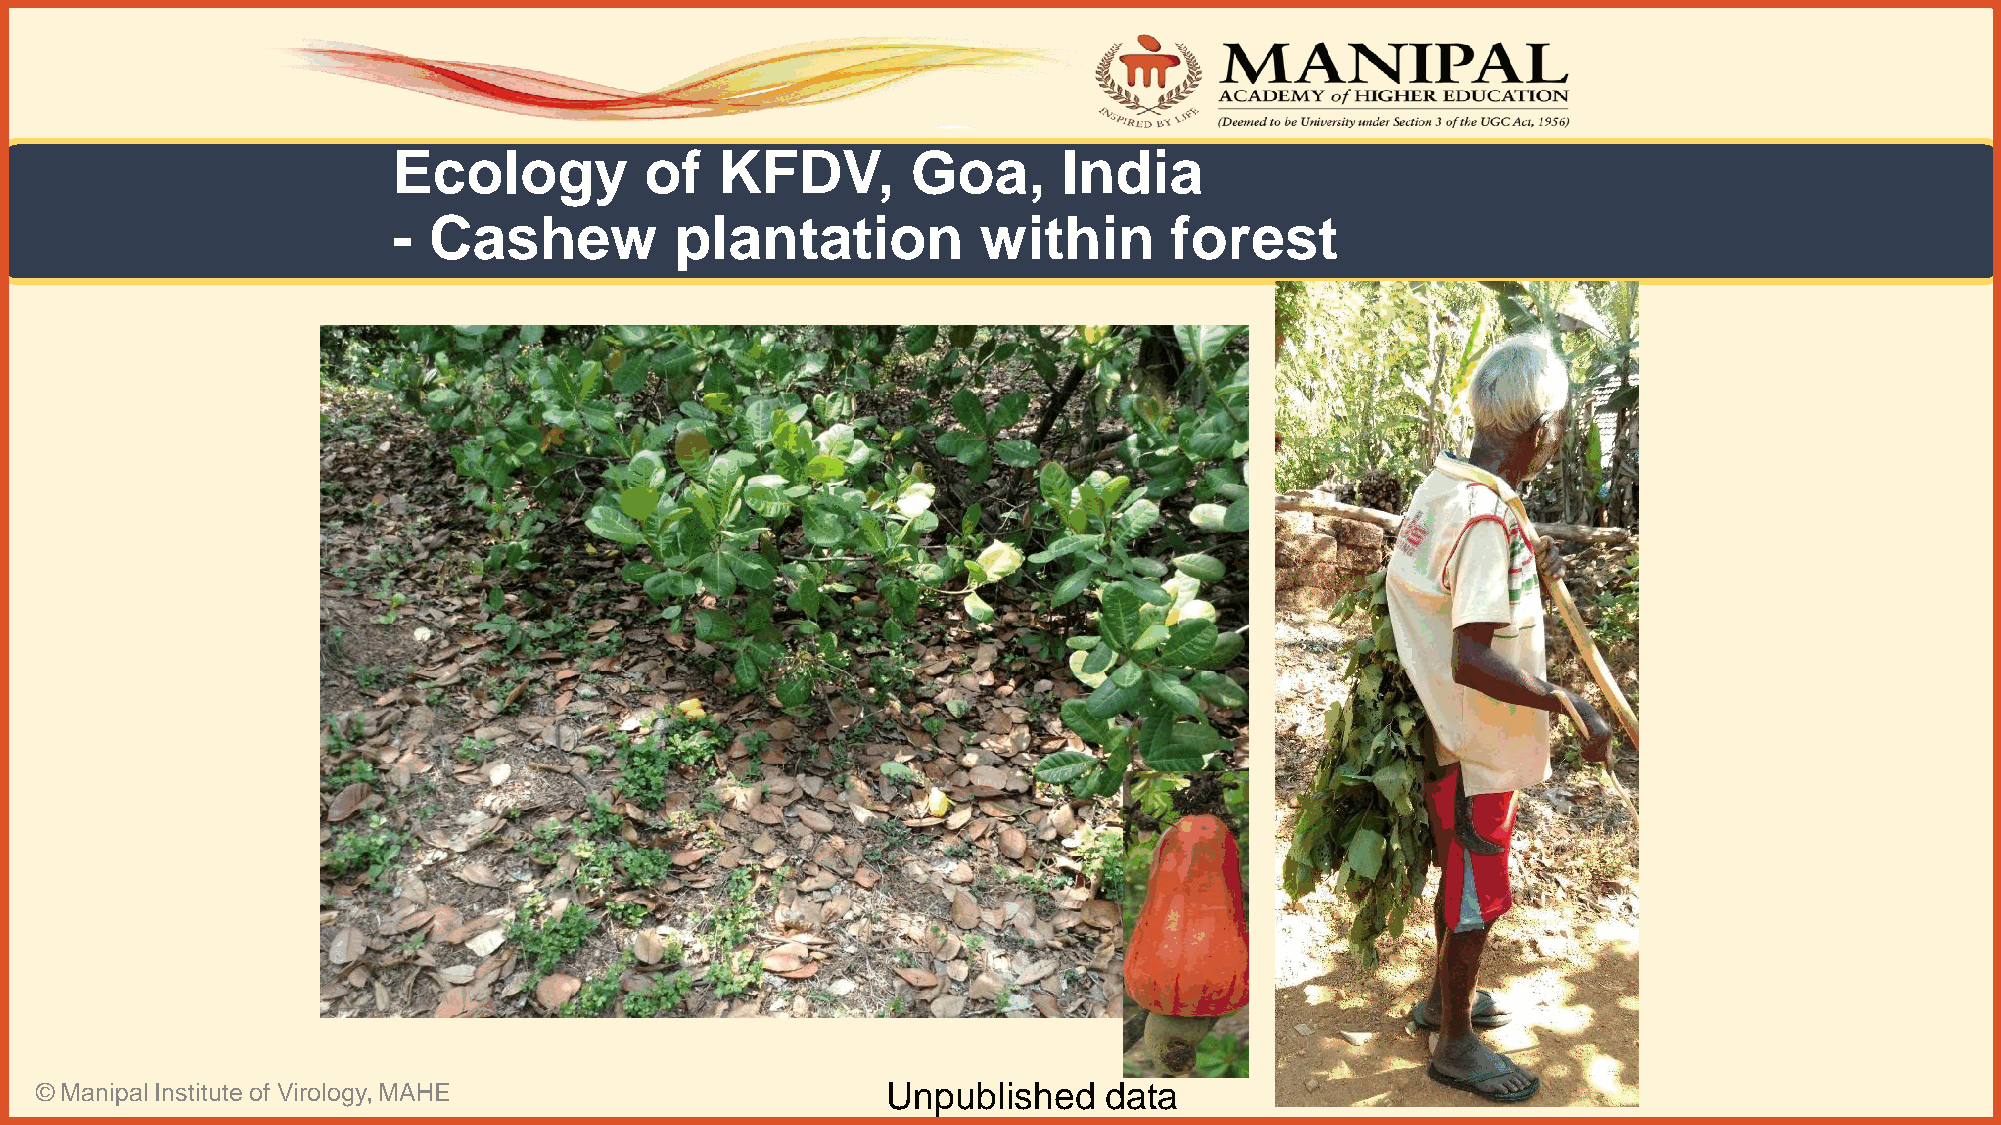
Ecology          of   KFDV,       Goa,      India
 - Cashew           plantation          within      forest
 © Manipal Institute of Virology, MAHE                    Unpublished   data